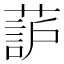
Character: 𫉚